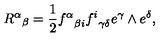
{ { R ^ { \alpha } } } _ { \beta } = { \frac { 1 } { 2 } } { f ^ { \alpha } } _ { \beta i } { f ^ { i } } _ { \gamma \delta } e ^ { \gamma } \wedge e ^ { \delta } ,